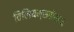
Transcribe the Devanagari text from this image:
विलियम्सबोस्टन